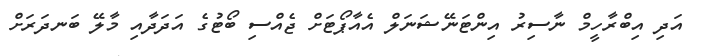
އަދި އިބްރާހީމް ނާސިރު އިންޓަނޭޝަނަލް އެއާޕޯޓަށް ޖެއްސި ބޯޓުގެ އަދަދާއި މާލޭ ބަނދަރަށް